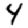
Digit: 4